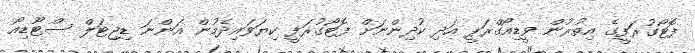
ފޮޓޯގުރަފީގެ އިތުރުން ވީޑިއޯގްރަޕީ އަދި ކުދިންނަށް ފޮޓޯގުރަފީ ކިޔަވައިދެމުން އަންނަ ޑިޖިޓަލް ސްޓޫޑިއޯ